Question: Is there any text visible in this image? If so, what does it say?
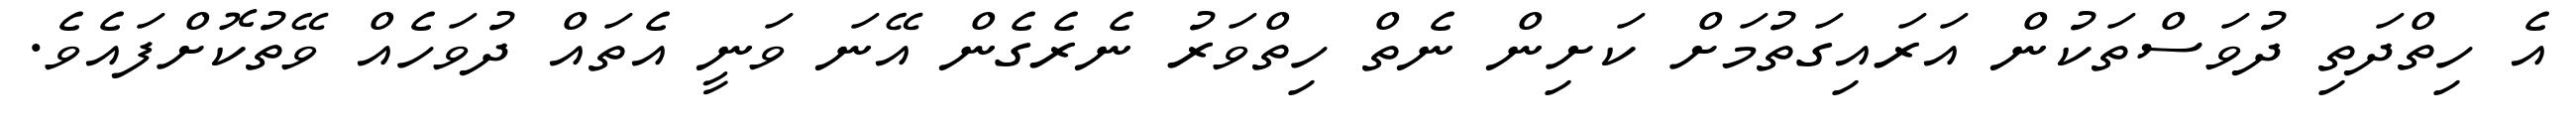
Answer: އެ ހިތްދަތި ދުވަސްތަކުން އަރައިގަތުމަށް ކަށިން ނެތް ހިތްވަރު ނެރެގެން އޭނަ ވަނީ އެތައް ދުވަހެއް ވޭތުކޮށްފައެވެ.